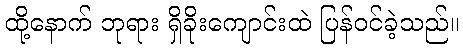
ထို့နောက် ဘုရား ရှိခိုးကျောင်းထဲ ပြန်ဝင်ခဲ့သည်။